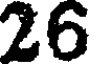
26